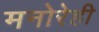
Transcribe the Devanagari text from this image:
मनोरेही